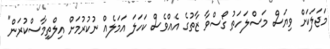
މަޖަލަކަށް ވިޔަސް މަސްލަހަތު ގޯސްވާ ޒާތުގެ އެއްވެސް ކަހަލަ އަމަލެއް ނުކުރުމަށް އިލްތިމާސްކުރަން"